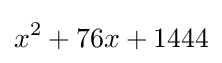
x^{2}+76x+1444